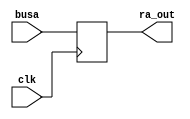
module rega(
input [31:0]busa,
output reg [31:0]ra_out,
input clk
);

always@(posedge clk)begin

ra_out = busa;

end

endmodule